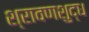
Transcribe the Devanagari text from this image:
श्रावणशुद्ध